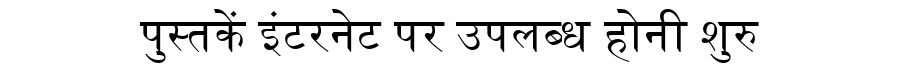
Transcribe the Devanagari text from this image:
पुस्तकें इंटरनेट पर उपलब्ध होनी शुरु